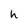
Character: h